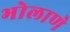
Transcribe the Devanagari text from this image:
भोलाणे